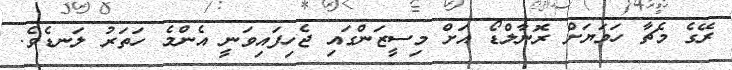
ރޭގެ މެޗާ ހަމަޔަށް ރޮނާލްޑޯ އަށް މިސީޒަންގައި ޖެހިފައިވަނީ އެންމެ ހަތަރު ލަނޑެވެ.